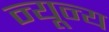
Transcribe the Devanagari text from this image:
न्यून्य